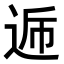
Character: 𮞏